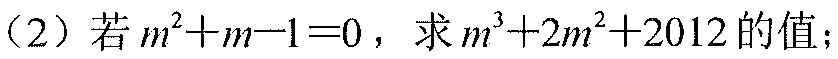
（2）若 \(m^{2}+m - 1 = 0\)，求 \(m^{3}+2m^{2}+2012\) 的值；